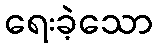
ရေးခဲ့သော